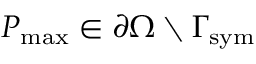
P _ { \mathrm { { m a x } } } \in \partial \Omega \setminus \Gamma _ { \mathrm { { s y m } } }